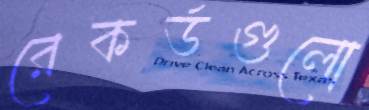
রেকর্ডগুলো